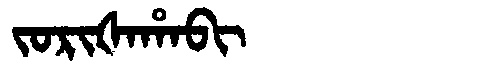
Manchu: ᠵᠣᡵᡳᡧᠠᡥᠠᠪᡳ
Romanization: JORIŠAHABI